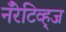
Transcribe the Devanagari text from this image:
नॅरेटिव्ह्‌ज